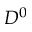
D ^ { 0 }